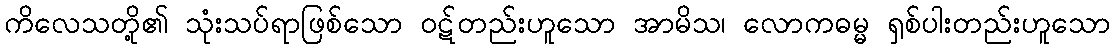
ကိလေသတို့၏ သုံးသပ်ရာဖြစ်သော ဝဋ်တည်းဟူသော အာမိသ၊ လောကဓမ္မ ရှစ်ပါးတည်းဟူသော